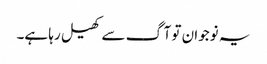
یہ نوجوان تو آگ سے کھیل رہا ہے۔